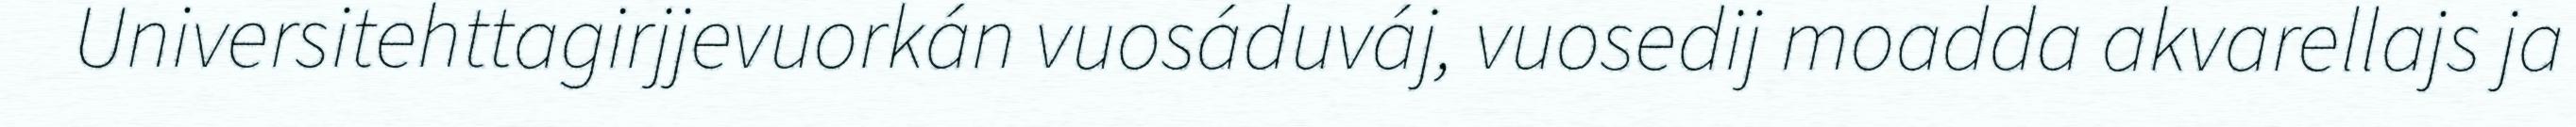
Universitehttagirjjevuorkán vuosáduváj, vuosedij moadda akvarellajs ja